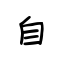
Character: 自